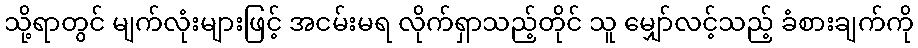
သို့ရာတွင် မျက်လုံးများဖြင့် အငမ်းမရ လိုက်ရှာသည့်တိုင် သူ မျှော်လင့်သည့် ခံစားချက်ကို